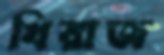
খিরাজ